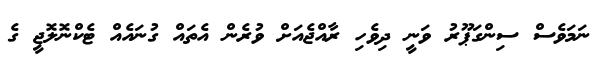
ނަމަވެސް ސިންގަޕޫރު ވަނީ ދިވެހި ރާއްޖެއަށް ވުރެން އެތައް ގުނައެއް ޓެކްނޮލޮޖީ ގެ